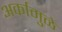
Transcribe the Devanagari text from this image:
अर्कामुळे